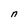
Character: n